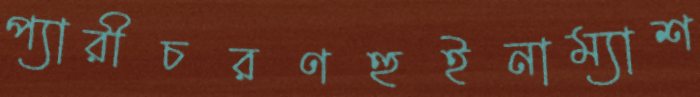
প্যারীচরণহুইনাম্যাশ